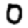
Digit: 0